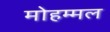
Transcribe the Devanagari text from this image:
मोहम्मल